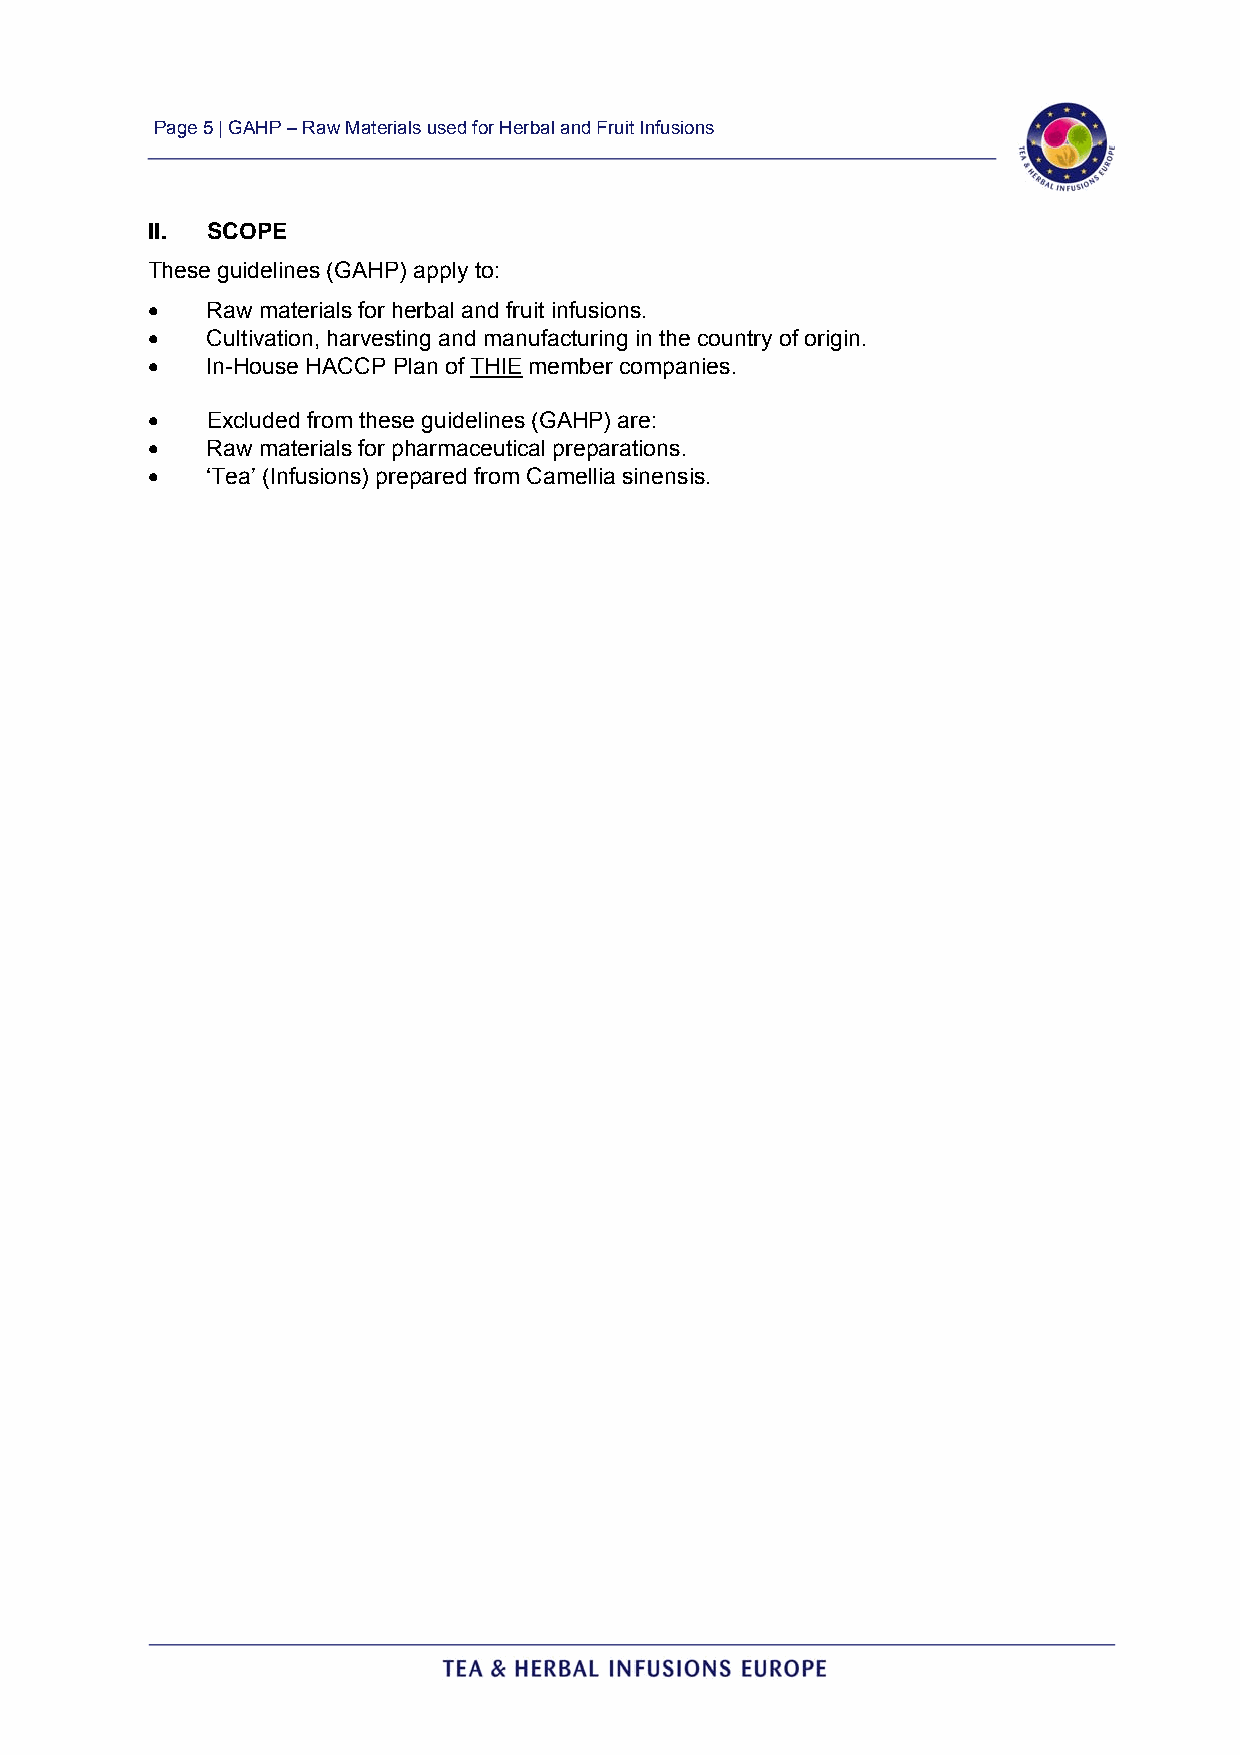
Page 5 | GAHP – Raw Materials used for Herbal and Fruit Infusions
 II. SCOPE
 These guidelines (GAHP) apply to:
    Raw materials for herbal and fruit infusions.
    Cultivation, harvesting and manufacturing in the country of origin.
    In-House HACCP Plan of THIE member companies.
    Excluded from these guidelines (GAHP) are:
    Raw materials for pharmaceutical preparations.
    ‘Tea’ (Infusions) prepared from Camellia sinensis.